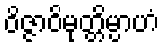
ဝိဇ္ဇာဝိမုတ္တိမ္ပာဟံ